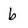
Character: b